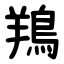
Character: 鴹